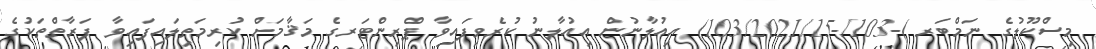
މިސްކޫލުގެ ނަމްބަރ )-103/-103/2021/15) އިއުލާނުން އިއުލާނު ކުރެވިފައިވާ ޕްރިންޓަރގެ މަޤާމަށް ކުރިމަތިލައިފައިވާ ފަރާތްތަކުގެ